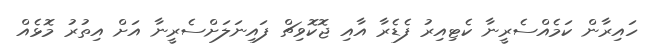
ހައިރާން ކަމެއްސެރީނާ ކެޓިއިރު ފެޑެރާ އާއި ޖޮކޮވިޗް ފައިނަލަށްސެރީނާ އަށް އިތުރު މޮޅެއް